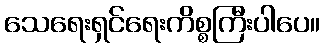
သေရေးရှင်ရေးကိစ္စကြီးပါပေ။